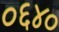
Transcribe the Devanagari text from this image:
०६४०